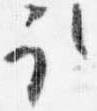
取